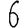
Digit: 6